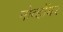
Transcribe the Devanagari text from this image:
नोव्होंबर